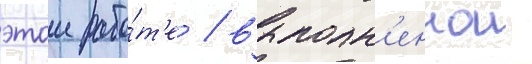
этои рабо́т'е / выполн'еннои